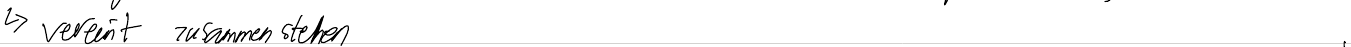
-> vereint zusammenstehen